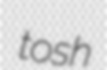
tosh